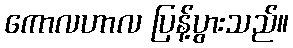
ကောလဟာလ ပြန့်ပွားသည်။